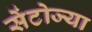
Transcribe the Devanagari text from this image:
सेंटोज्या